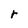
Character: r